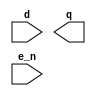
// SPDX-License-Identifier: Apache-2.0
// Copyright (C) 2019 Intel Corporation. 
//****************************************************************************************
// (C) 2011 Altera Corporation. .
//
//****************************************************************************************

//------------------------------------------------------------------------
// Description: altr_hps_latch:
//       Active low transparent latch.
//------------------------------------------------------------------------

module altr_hps_latch(
  d,        // Latch input
  q,        // Latch output
  e_n);     // Enable

input d,
      e_n;
output q;

`ifdef ALTR_HPS_INTEL_MACROS_OFF
  reg q;

  always @(e_n or d)
    begin
      if(~e_n)
        q <= d;
    end
`else
`endif

endmodule // altr_hps_latch